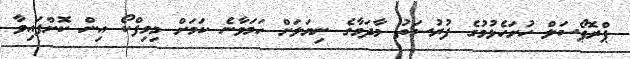
ޕްރޮޕޯސަލް ހުށަހެޅުމުގެ ފުރުސަތު މާދަމާގެ ނިޔަލަށް ހަމަވާނެ ކަމަށް މިމިފްކޯ އިން ކޮށްފައިވާ